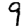
Digit: 9